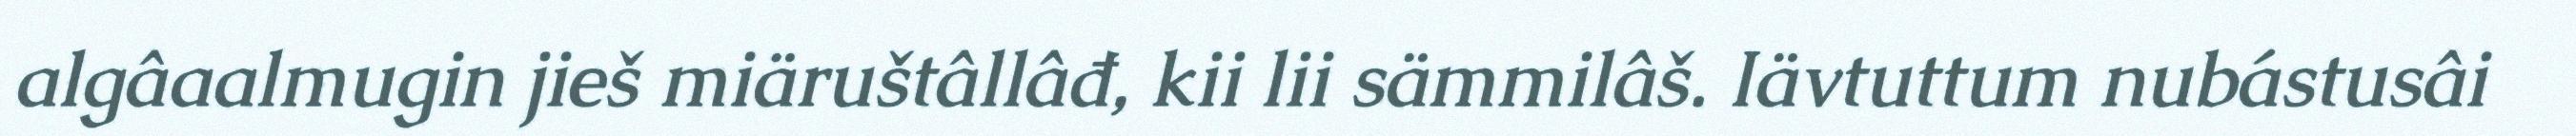
algâaalmugin jieš miäruštâllâđ, kii lii sämmilâš. Iävtuttum nubástusâi